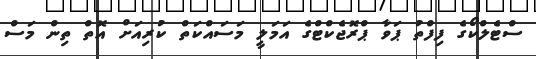
ސްޓެލްކޯގެ ފިފްތު ޕަވާ ޕްރޮޖެކްޓްގެ އަމަލީ މަސައްކަތް ކުރިއަށް އޮތް ތިން މަސް